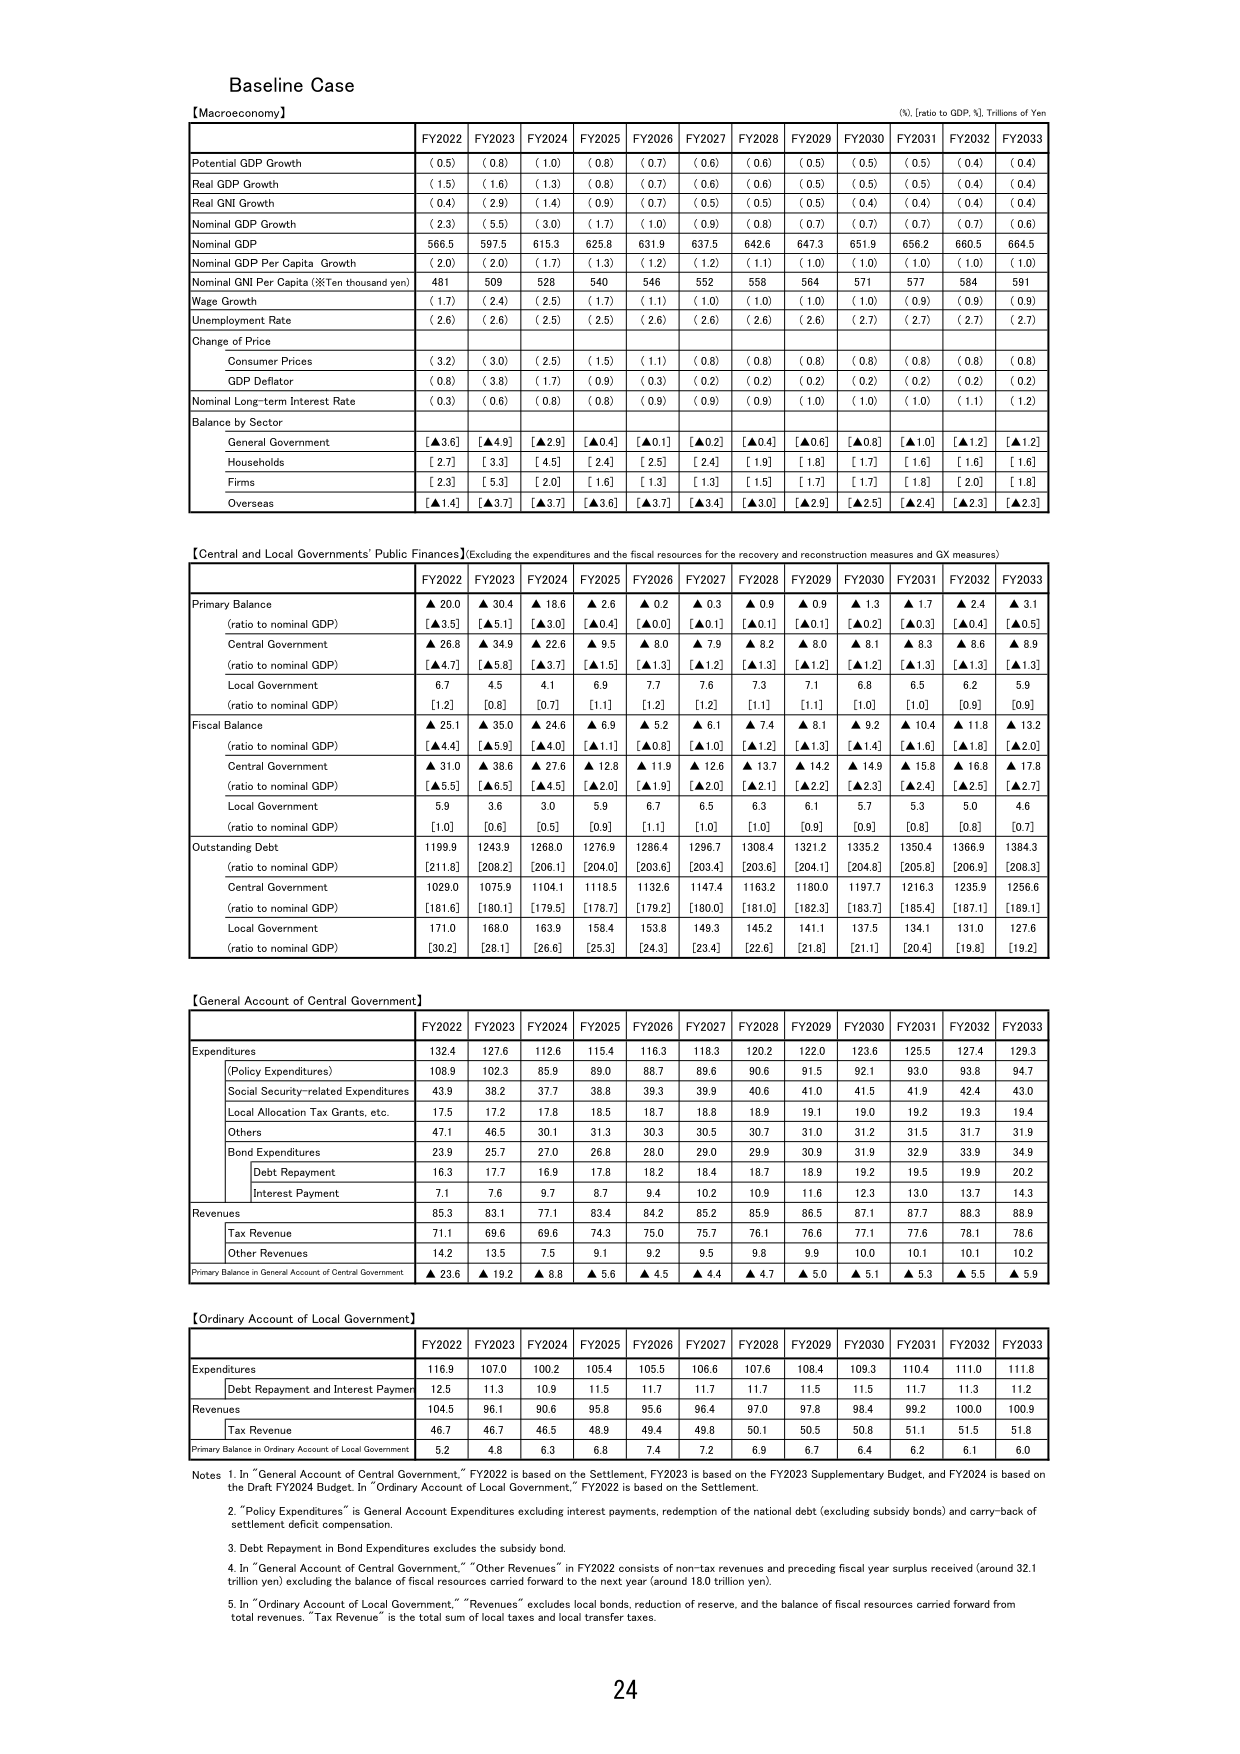
Baseline Case

【Macroeconomy】
(%, Ratio to GDP, %, Trillions of Yen)

FY2022 FY2023 FY2024 FY2025 FY2026 FY2027 FY2028 FY2029 FY2030 FY2031 FY2032 FY2033

Potential GDP Growth (0.5) (0.8) (1.0) (0.8) (0.7) (0.6) (0.6) (0.5) (0.5) (0.5) (0.4) (0.4)
Real GDP Growth (1.5) (1.6) (1.3) (0.8) (0.7) (0.6) (0.6) (0.5) (0.5) (0.5) (0.4) (0.4)
Real GNI Growth (0.4) (2.9) (1.4) (0.9) (0.7) (0.5) (0.5) (0.5) (0.4) (0.4) (0.4) (0.4)
Nominal GDP Growth (2.3) (5.5) (3.0) (1.7) (1.0) (0.9) (0.8) (0.7) (0.7) (0.7) (0.7) (0.6)
Nominal GDP 566.5 597.5 615.3 625.8 631.9 637.5 642.6 647.3 651.9 656.2 660.5 664.5
Nominal GDP Per Capita Growth (2.0) (2.0) (1.7) (1.3) (1.2) (1.2) (1.1) (1.0) (1.0) (1.0) (1.0) (1.0)
Nominal GNI Per Capita (※Ten thousand yen) 481 509 528 540 546 552 558 564 571 577 584 591
Wage Growth (1.7) (2.4) (2.5) (1.7) (1.1) (1.0) (1.0) (1.0) (1.0) (0.9) (0.9) (0.9)
Unemployment Rate (2.6) (2.6) (2.5) (2.5) (2.6) (2.6) (2.6) (2.6) (2.7) (2.7) (2.7) (2.7)
Change of Price
Consumer Prices (3.2) (3.0) (2.5) (1.5) (1.1) (0.8) (0.8) (0.8) (0.8) (0.8) (0.8) (0.8)
GDP Deflator (0.8) (3.8) (1.7) (0.9) (0.3) (0.2) (0.2) (0.2) (0.2) (0.2) (0.2) (0.2)
Nominal Long-term Interest Rate (0.3) (0.6) (0.8) (0.8) (0.9) (0.9) (0.9) (1.0) (1.0) (1.1) (1.2)
Balance by Sector
General Government [▲3.6] [▲4.9] [▲2.9] [▲0.4] [▲0.1] [▲0.2] [▲0.4] [▲0.6] [▲0.8] [▲1.0] [▲1.2] [▲1.2]
Households [2.7] [3.3] [4.5] [2.4] [2.5] [2.4] [1.9] [1.8] [1.7] [1.6] [1.6] [1.6]
Firms [2.3] [5.3] [2.0] [1.6] [1.3] [1.3] [1.5] [1.7] [1.7] [1.8] [2.0] [1.8]
Overseas [▲1.4] [▲3.7] [▲3.7] [▲3.6] [▲3.7] [▲3.4] [▲3.0] [▲2.9] [▲2.5] [▲2.4] [▲2.3] [▲2.3]

【Central and Local Governments' Public Finances】(Excluding the expenditures and the fiscal resources for the recovery and reconstruction measures and GX measures)

FY2022 FY2023 FY2024 FY2025 FY2026 FY2027 FY2028 FY2029 FY2030 FY2031 FY2032 FY2033

Primary Balance
▲20.0 ▲30.4 ▲18.6 ▲2.6 ▲0.2 ▲0.3 ▲0.9 ▲0.9 ▲1.3 ▲1.7 ▲2.4 ▲3.1
(ratio to nominal GDP) [▲3.5] [▲5.1] [▲3.0] [▲0.4] [▲0.0] [▲0.1] [▲0.1] [▲0.1] [▲0.2] [▲0.3] [▲0.4] [▲0.5]
Central Government
▲26.8 ▲34.9 ▲22.6 ▲9.5 ▲8.0 ▲7.9 ▲8.2 ▲8.0 ▲8.1 ▲8.3 ▲8.6 ▲8.9
(ratio to nominal GDP) [▲4.7] [▲5.8] [▲3.7] [▲1.5] [▲1.3] [▲1.2] [▲1.3] [▲1.2] [▲1.2] [▲1.3] [▲1.3] [▲1.3]
Local Government 6.7 4.5 4.1 6.9 7.7 7.6 7.3 7.1 6.8 6.5 6.2 5.9
(ratio to nominal GDP) [1.2] [0.8] [0.7] [1.1] [1.2] [1.1] [1.1] [1.1] [1.0] [0.9] [0.9] [0.9]
Fiscal Balance
▲25.1 ▲35.0 ▲24.6 ▲6.9 ▲5.2 ▲6.1 ▲7.4 ▲8.1 ▲9.2 ▲10.4 ▲11.8 ▲13.2
(ratio to nominal GDP) [▲4.4] [▲5.9] [▲4.0] [▲1.1] [▲0.8] [▲1.0] [▲1.2] [▲1.3] [▲1.4] [▲1.6] [▲1.8] [▲2.0]
Central Government
▲31.0 ▲38.6 ▲27.6 ▲12.8 ▲11.9 ▲12.6 ▲13.7 ▲14.2 ▲14.9 ▲15.8 ▲16.8 ▲17.8
(ratio to nominal GDP) [▲5.5] [▲6.5] [▲4.5] [▲2.0] [▲1.9] [▲2.0] [▲2.1] [▲2.2] [▲2.3] [▲2.4] [▲2.5] [▲2.7]
Local Government 5.9 3.6 3.0 5.9 6.7 6.5 6.3 6.1 5.7 5.3 5.0 4.6
(ratio to nominal GDP) [1.0] [0.6] [0.5] [0.9] [1.1] [1.0] [1.0] [0.9] [0.9] [0.8] [0.8] [0.7]
Outstanding Debt 1199.9 1243.9 1268.0 1276.9 1286.4 1296.7 1308.4 1321.2 1335.2 1350.4 1366.9 1384.3
(ratio to nominal GDP) [211.8] [208.2] [206.1] [204.0] [203.6] [203.4] [203.6] [204.1] [204.8] [205.8] [206.9] [208.3]
Central Government 1029.0 1075.9 1104.1 1118.5 1132.6 1147.4 1163.2 1180.0 1197.7 1216.3 1235.9 1256.6
(ratio to nominal GDP) [181.6] [180.1] [179.5] [178.7] [179.2] [180.0] [181.0] [182.3] [183.7] [185.4] [187.1] [189.1]
Local Government 171.0 168.0 163.9 158.4 153.8 149.3 145.2 141.1 137.5 134.1 131.0 127.6
(ratio to nominal GDP) [30.2] [28.1] [26.6] [25.3] [24.3] [23.4] [22.6] [21.8] [21.1] [20.4] [19.8] [19.2]

【General Account of Central Government】

FY2022 FY2023 FY2024 FY2025 FY2026 FY2027 FY2028 FY2029 FY2030 FY2031 FY2032 FY2033

Expenditures 132.4 127.6 112.6 115.4 116.3 118.3 120.2 122.0 123.6 125.5 127.4 129.3
(Policy Expenditures) 108.9 102.3 85.9 89.0 88.7 89.6 90.6 91.5 92.1 93.0 93.8 94.7
Social Security-related Expenditures 43.9 38.2 37.7 38.8 39.3 39.9 40.6 41.0 41.5 41.9 42.4 43.0
Local Allocation Tax Grants, etc. 17.5 17.2 17.8 18.5 18.7 18.8 18.9 19.1 19.0 19.2 19.3 19.4
Others 47.1 46.5 30.1 31.3 30.3 30.5 30.7 31.0 31.2 31.5 31.7 31.9
Bond Expenditures 23.9 25.7 27.0 26.8 28.0 29.0 29.9 30.9 31.9 32.9 33.9 34.9
Debt Repayment 16.3 17.7 16.9 17.8 18.2 18.4 18.7 18.9 19.2 19.5 19.9 20.2
Interest Payment 7.1 7.6 9.7 8.7 9.4 10.2 10.9 11.6 12.3 13.0 13.7 14.3
Revenues 85.3 83.1 77.1 83.4 84.2 85.2 85.9 86.5 87.1 87.7 88.3 88.9
Tax Revenue 71.1 69.6 69.6 74.3 75.0 75.7 76.1 76.6 77.1 77.6 78.1 78.6
Other Revenues 14.2 13.5 7.5 9.1 9.2 9.5 9.8 9.9 10.0 10.1 10.1 10.2
Primary Balance in General Account of Central Government ▲23.6 ▲19.2 ▲8.8 ▲5.6 ▲4.5 ▲4.4 ▲4.7 ▲5.0 ▲5.1 ▲5.3 ▲5.5 ▲5.9

【Ordinary Account of Local Government】

FY2022 FY2023 FY2024 FY2025 FY2026 FY2027 FY2028 FY2029 FY2030 FY2031 FY2032 FY2033

Expenditures 116.9 107.0 100.2 105.4 105.5 106.6 107.6 108.4 109.3 110.4 111.0 111.8
Debt Repayment and Interest Payment 12.5 11.3 10.9 11.5 11.7 11.7 11.7 11.5 11.5 11.7 11.3 11.2
Revenues 104.5 96.1 90.6 95.8 95.6 96.4 97.0 97.8 98.4 99.2 100.0 100.9
Tax Revenue 46.7 46.7 46.5 48.9 49.4 49.8 50.1 50.5 50.8 51.1 51.5 51.8
Primary Balance in Ordinary Account of Local Government 5.2 4.8 6.3 6.8 7.4 7.2 6.9 6.7 6.4 6.2 6.1 6.0

Notes
1. In "General Account of Central Government," FY2022 is based on the Settlement, FY2023 is based on the FY2023 Supplementary Budget, and FY2024 is based on the Draft FY2024 Budget. In "Ordinary Account of Local Government," FY2022 is based on the Settlement.
2. "Policy Expenditures" is General Account Expenditures excluding interest payments, redemption of the national debt (excluding subsidy bonds) and carry-back of settlement deficit compensation.
3. Debt Repayment in Bond Expenditures excludes the subsidy bond.
4. In "General Account of Central Government," "Other Revenues" in FY2022 consists of non-tax revenues and preceding fiscal year surplus received (around 32.1 trillion yen) excluding the balance of fiscal resources carried forward to the next year (around 18.0 trillion yen).
5. In "Ordinary Account of Local Government," "Revenues" excludes local bonds, reduction of reserve, and the balance of fiscal resources carried forward from total revenues. "Tax Revenue" is the total sum of local taxes and local transfer taxes.

24